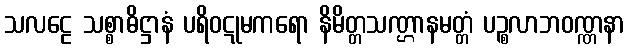
သလဠေ သစ္စာဓိဋ္ဌာနံ ပရိဝဋုမကရော နိမိတ္တသဏ္ဌာနမတ္တံ ပဉ္စလာဘဝဏ္ဏနာ